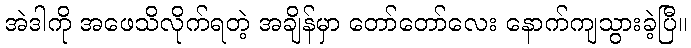
အဲဒါကို အဖေသိလိုက်ရတဲ့ အချိန်မှာ တော်တော်လေး နောက်ကျသွားခဲ့ပြီ။